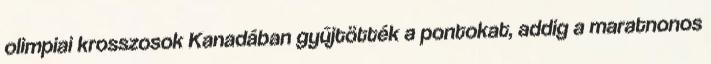
olimpiai krosszosok Kanadában gyűjtötték a pontokat, addig a maratnonos